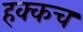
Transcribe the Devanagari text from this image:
हक्कच